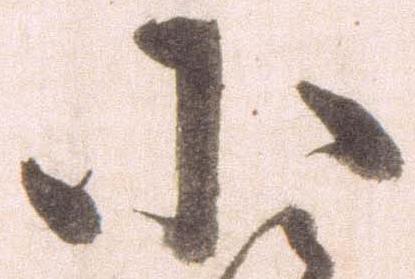
小